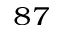
^ { 8 7 }